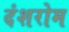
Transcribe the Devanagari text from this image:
दंशरोम